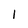
Character: 1